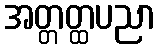
အတ္တတ္ထပညာ